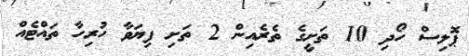
ޕޮލިސް ހޯދި 10 ތަށީގެ ތެރެއިން 2 ތަށި ފިޔަވާ ހުރިހާ ތައްޓެއް